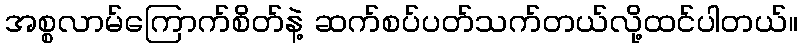
အစ္စလာမ်ကြောက်စိတ်နဲ့ ဆက်စပ်ပတ်သက်တယ်လို့ထင်ပါတယ်။